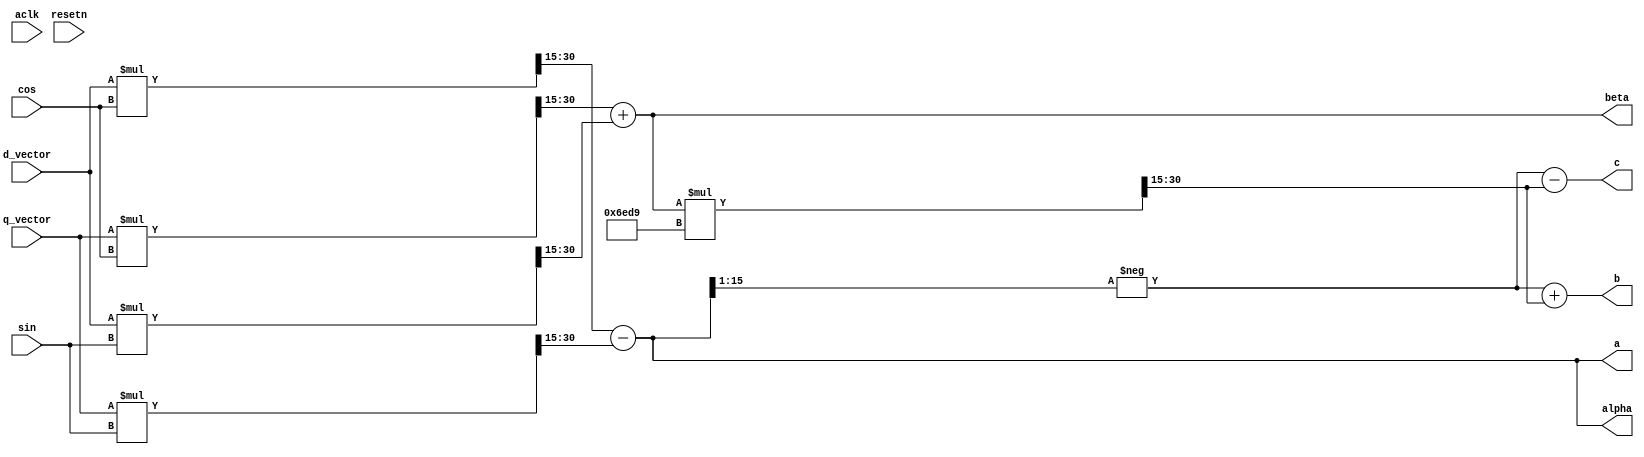
/**
  Module name: dq2abc
  Author: P.Trujillo
  Date: April 2024
  Revision: 1.0
  History: 
    1.0: Module created
**/

`default_nettype none

module dq2abc #(
	parameter inout_width = 16,
	parameter inout_decimal_width = 15,
	parameter sqrt3_2 = 16'd28377
)(
	input wire aclk, 
	input wire resetn,

	input wire signed [inout_width-1:0] d_vector, /* direct vector */
	input wire signed [inout_width-1:0] q_vector, /* quadrature vector */

	input wire signed [inout_width-1:0] sin, /* sine signal */
	input wire signed [inout_width-1:0] cos, /* cosine signal */

	output wire signed [inout_width-1:0] alpha, /* direct signal */
	output wire signed [inout_width-1:0] beta, /* quadrature signal */

	output wire signed [inout_width-1:0] a, /* modulator signals */
	output wire signed [inout_width-1:0] b, /* modulator signals */
	output wire signed [inout_width-1:0] c /* modulator signals */
);

	// localparam sqrt3_2 = 0.8660254038 * 2**(inout_decimal_width); /* sqrt(3)/2 constant for alpha/beta to abc transformation*/

	wire signed [(inout_width*2)-1:0] d_cos_2width; /* d * cos */
	wire signed [(inout_width*2)-1:0] d_sin_2width; /* d * sin */
	wire signed [(inout_width*2)-1:0] q_cos_2width; /* q * cos */
	wire signed [(inout_width*2)-1:0] q_sin_2width; /* q * sin */

	wire signed [inout_width-1:0] d_cos; /* d * cos */
	wire signed [inout_width-1:0] d_sin; /* d * sin */
	wire signed [inout_width-1:0] q_cos; /* q * cos */
	wire signed [inout_width-1:0] q_sin; /* q * sin */
	
	wire signed [(inout_width*2)-1:0] beta_sqrt3_2_2width; /* beta*sqrt(3)/2 */
	wire signed [inout_width-1:0] beta_sqrt3_2; /* beta*sqrt(3)/2 */

	/**********************************************************************************
	*
	* DQ to alpha/beta
	*
	**********************************************************************************/

	assign d_cos_2width = d_vector * cos;
	assign d_sin_2width = d_vector * sin;
	assign q_cos_2width = q_vector * cos;
	assign q_sin_2width = q_vector * sin;

	assign d_cos = $signed(d_cos_2width >>> inout_decimal_width);
	assign d_sin = $signed(d_sin_2width >>> inout_decimal_width);
	assign q_cos = $signed(q_cos_2width >>> inout_decimal_width);
	assign q_sin = $signed(q_sin_2width >>> inout_decimal_width);

	assign alpha = d_cos - q_sin;
	assign beta = q_cos + d_sin;

	/**********************************************************************************
	*
	* alpha/beta to abc
	*
	**********************************************************************************/
	assign beta_sqrt3_2_2width = beta * sqrt3_2;

	assign beta_sqrt3_2 = $signed(beta_sqrt3_2_2width >>> inout_decimal_width);

	assign a = alpha;
	assign b = -$signed(alpha>>>1) + beta_sqrt3_2;
	assign c = -$signed(alpha>>>1) - beta_sqrt3_2;

endmodule